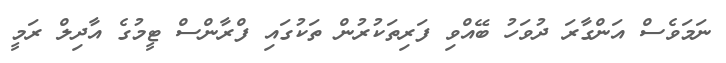
ނަމަވެސް އަންގާރަ ދުވަހު ބޭއްވި ފަރިތަކުރުން ތަކުގައި ފްރާންސް ޓީމުގެ އާދިލް ރަމީ